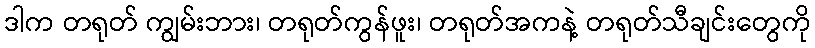
ဒါက တရုတ် ကျွမ်းဘား၊ တရုတ်ကွန်ဖူး၊ တရုတ်အကနဲ့ တရုတ်သီချင်းတွေကို